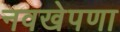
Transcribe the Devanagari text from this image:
नवखेपणा